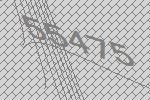
55475